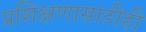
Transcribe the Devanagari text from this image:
प्रशिक्षणासाठीही